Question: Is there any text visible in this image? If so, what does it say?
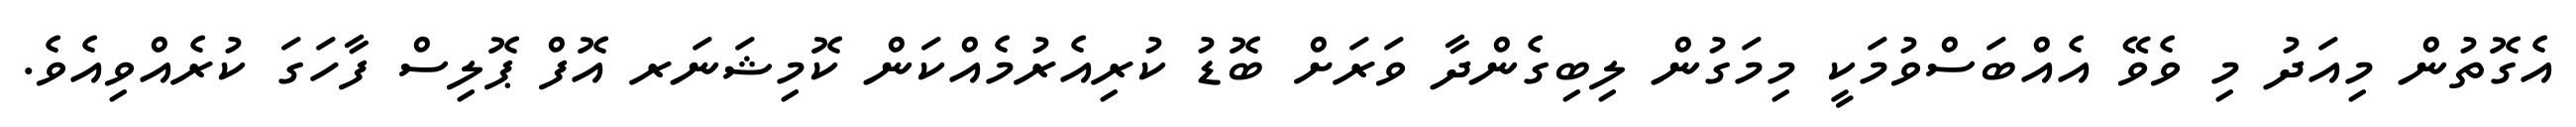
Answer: އެގޮތުން މިއަދު މި ވެވޭ އެއްބަސްވުމަކީ މިމަގުން ލިބިގެންދާ ވަރަށް ބޮޑު ކުރިއެރުމެއްކަން ކޮމިޝަނަރ އޮފް ޕޮލިސް ފާހަގަ ކުރެއްވިއެވެ.